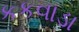
કકવાડા